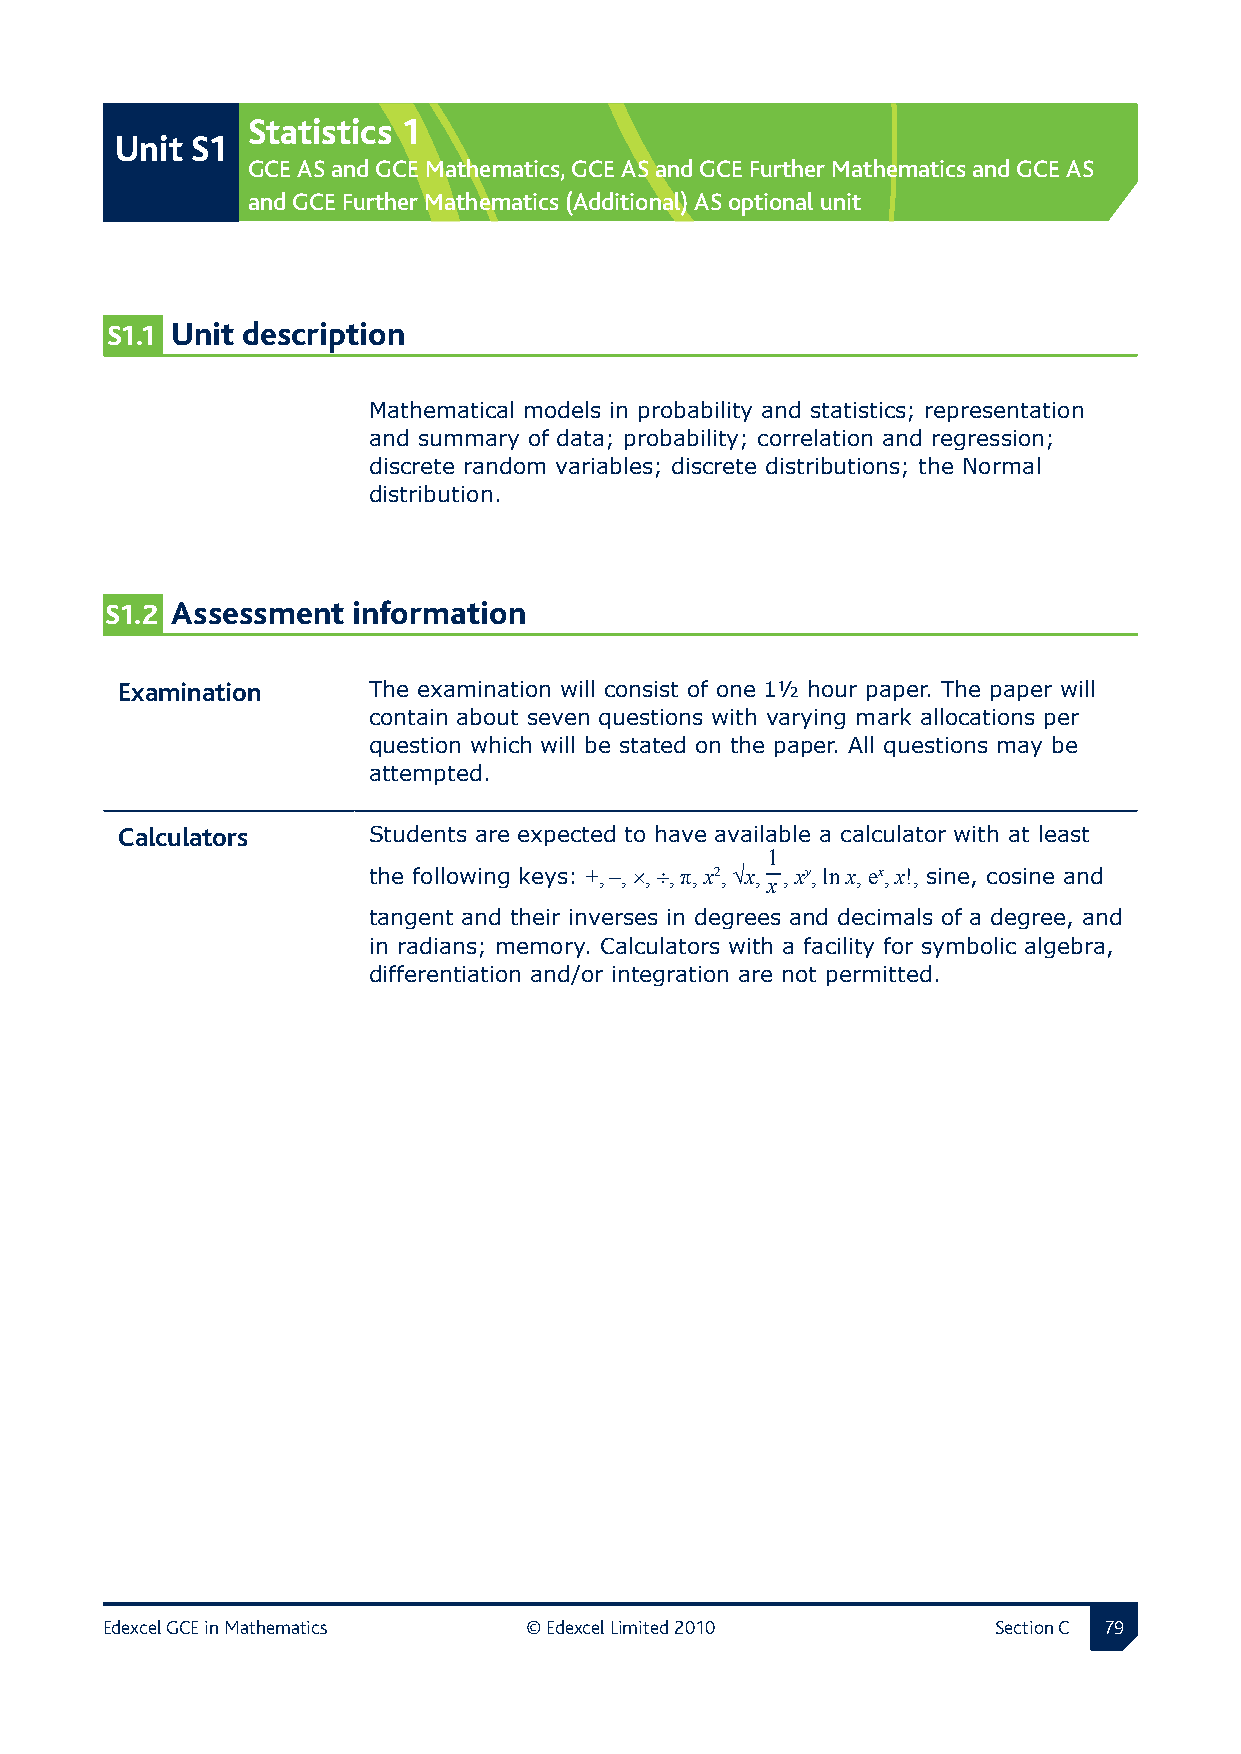
Statistics 1
 Unit S1
 GCE AS and GCE Mathematics, GCE AS and GCE Further Mathematics and GCE AS
 and GCE Further Mathematics (Additional) AS optional unit
 S1.1 Unit description
 Mathematical models in probability and statistics; representation
 and summary of data; probability; correlation and regression;
 discrete random variables; discrete distributions; the Normal
 distribution.
 S1.2 Assessment information
 Examination    The examination will consist of one 1½ hour paper. The paper will
 contain about seven questions with varying mark allocations per
 question which will be stated on the paper. All questions may be
 attempted.
 Calculators     Students are expected to have available a calculator with at least
 1
 the following keys: +, −, ×, ÷, π, x2, √x,
 x
 , xy, ln x, ex, x!, sine, cosine and
 tangent and their inverses in degrees and decimals of a degree, and
 in radians; memory. Calculators with a facility for symbolic algebra,
 differentiation and/or integration are not permitted.
 Edexcel GCE in Mathematics  © Edexcel Limited 2010         Section C 